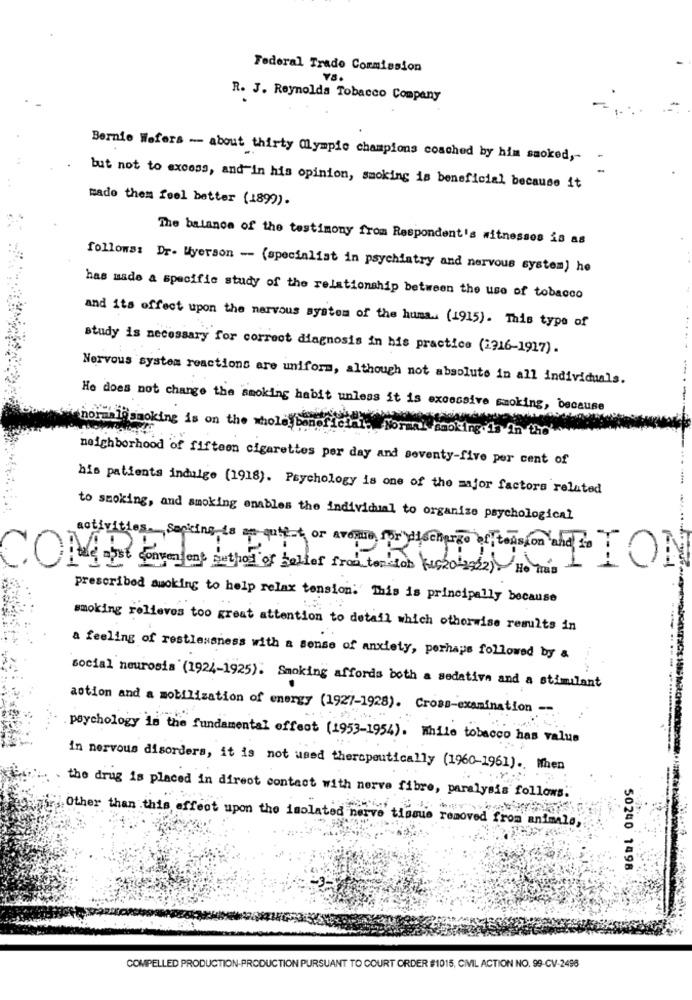
Federal Trade Commission
R. J. Reynolds Tobacco Company
Bernie Wefers - about thirty Olympic champions coached by him smoked ,-
but not to excess, and in his opinion, smoking is beneficial because it
made them feel better (1899).
The balance of the testimony from Respondent's witnesses is as
follows: Dr. Myerson - (specialist in psychiatry and nervous system) he
has made a specific study of the relationship between the use of tobacco
and its effect upon the nervous system of the human (1915). This type of
study is necessary for correct diagnosis in his practice (2316-1917).
Nervous system reactions are uniform, although not absolute in all individuals.
He does not change the smoking habit unless it is excessive smoking, because
normale smoking is on the wholey benefic!
Normal smoking is In the'
neighborhood of fifteen cigarettes per day and seventy-five per cent of
his patients indulge (1918). Psychology is one of the major factors related
to smoking, and smoking enables the individual to organize psychological
activities. Septing is an qute & or avenue, for discharge af tension who Er
most convenient method of hellof fron ten tob (1520-2;2). He was
prescribed awoking to help relax tension. This is principally because
smoking relieves too great attention to detail which otherwise results in
a feeling of restlessness with a sense of anxiety, perhaps followed by a
social neurosis (1924-1925). Smoking affords both a sedative and a stimulant
action and a mobilization of energy (1927-1928). Cross-examination -
psychology is the fundamental effect (1953-1954). While tobacco has value
in nervous disorders, it is not used therapeutically (1960-1961). When
the drug is placed in direct contact with nerve fibre, paralysis follows.
Other than this affect upon the isolated nerve tissue removed from animals,
50240 1498
COMPELLED PRODUCTION-PRODUCTION PURSUANT TO COURT ORDER #1015, CIVIL ACTION NO. 99-CV-2496